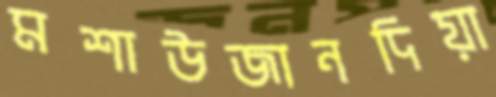
মশাউজানদিয়া